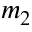
m _ { 2 }